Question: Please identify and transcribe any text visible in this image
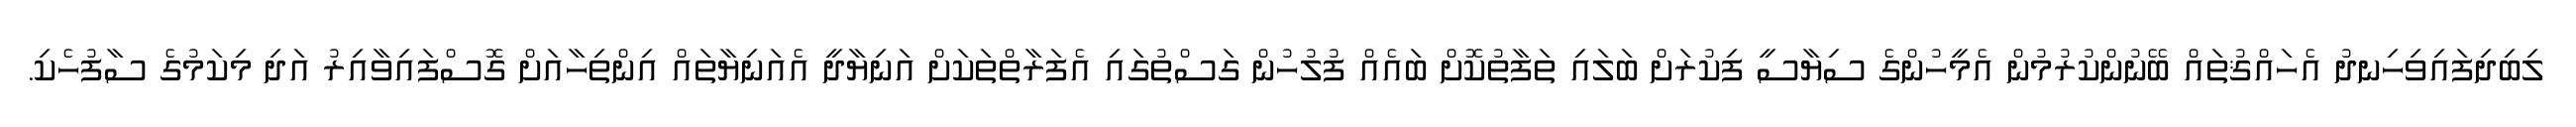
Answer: ލިބިދިފައިވިހިނދު އެހައްޤުތައް ބޭނުންކުރުމުން އެމީހުންގެ ސިޔާސީ ފިކުރަށް ބަލައި ތަފާތުކޮށް ބައެއް ފުލުހުން ގަސްތުގައި އެފަރާތްތަކަށް އަނިޔާދީ އެއަނިޔާތައް އިންތިހާއަށް ގޮސްފައިވާއިރު އަދި މިކަމުގެ ސާފުހެކި.